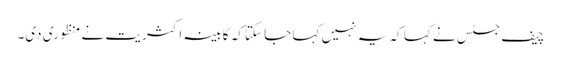
چیف جسٹس نے کہا کہ یہ نہیں کہا جا سکتا کہ کابینہ اکثریت نے منظوری دی۔